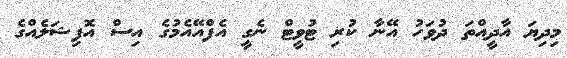
މިދިޔަ އާދީއްތަ ދުވަހު އޭނާ ކުރި ޓުވީޓް ނެގީ އެފްއޭއެމުގެ އިސް އޮފިޝަލެއްގެ